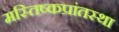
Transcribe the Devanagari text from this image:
मस्तिष्कप्रांतस्था